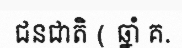
ជនជាតិ ( ឆ្នាំ គ.